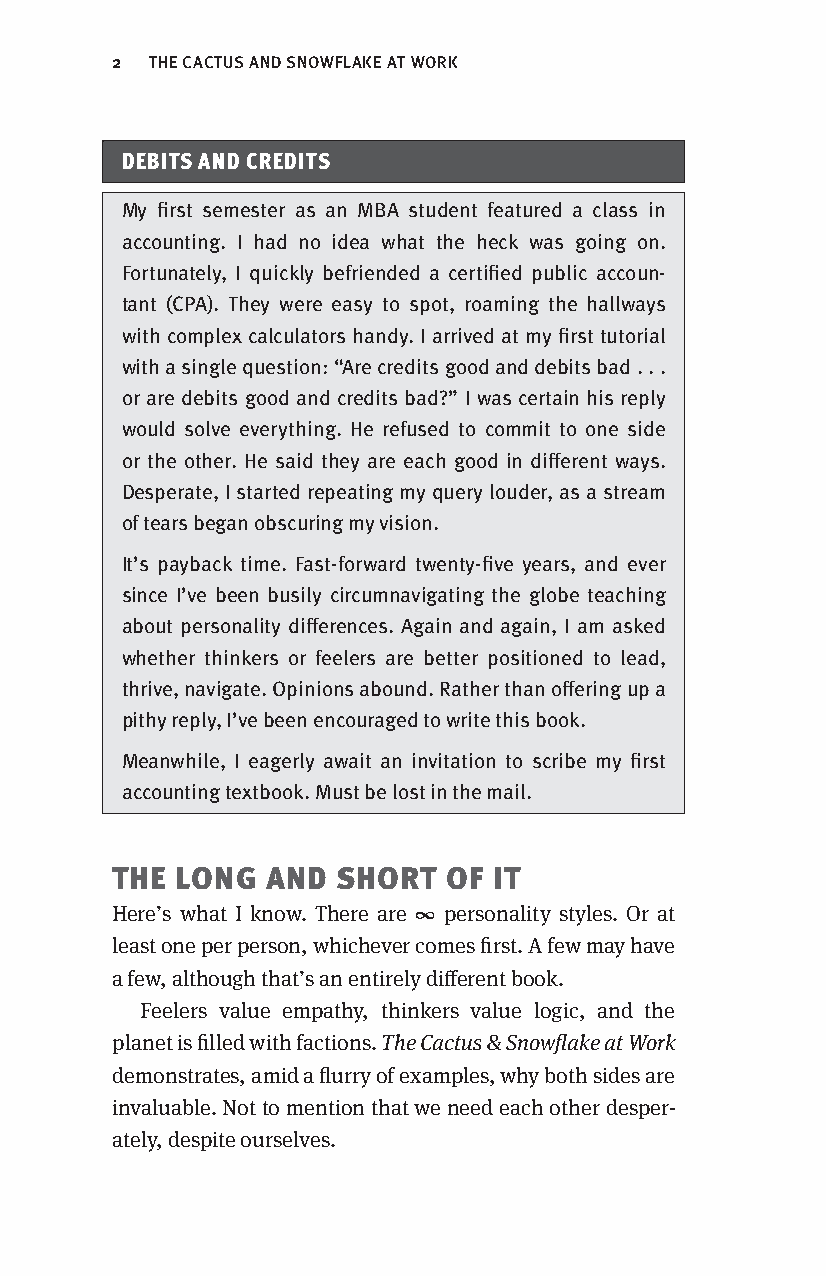
2 THE CACTUS AND SNOWFLAKE AT WORK
 DEBITS AND CREDITS
 My first semester as an MBA student featured a class in
 accounting. I had no idea what the heck was going on.
 Fortunately, I quickly befriended a certified public accoun-
 tant (CPA). They were easy to spot, roaming the hallways
 with complex calculators handy. I arrived at my first tutorial
 with a single question: “Are credits good and debits bad . . .
 or are debits good and credits bad?” I was certain his reply
 would solve everything. He refused to commit to one side
 or the other. He said they are each good in different ways.
 Desperate, I started repeating my query louder, as a stream
 of tears began obscuring my vision.
 It’s payback time. Fast-forward twenty-five years, and ever
 since I’ve been busily circumnavigating the globe teaching
 about personality differences. Again and again, I am asked
 whether thinkers or feelers are better positioned to lead,
 thrive, navigate. Opinions abound. Rather than offering up a
 pithy reply, I’ve been encouraged to write this book.
 Meanwhile, I eagerly await an invitation to scribe my first
 accounting textbook. Must be lost in the mail.
 THE LONG  AND  SHORT  OF IT
 Here’s what I know. There are ∞ personality styles. Or at
 least one per person, whichever comes first. A few may have
 a few, although that’s an entirely different book.
 Feelers value empathy, thinkers value logic, and the
 planet is filled with factions. The Cactus & Snowflake at Work
 demonstrates, amid a flurry of examples, why both sides are
 invaluable. Not to mention that we need each other desper-
 ately, despite ourselves.